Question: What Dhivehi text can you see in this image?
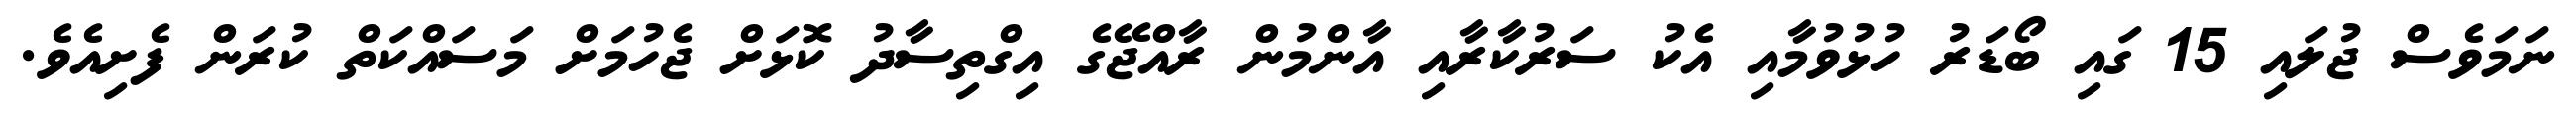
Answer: ނަމަވެސް ޖުލައި 15 ގައި ބޯޑަރު ހުޅުވުމާއި އެކު ސަރުކާރާއި އާންމުން ރާއްޖޭގެ އިގްތިސާދު ކޮޅަށް ޖެހުމަށް މަސައްކަތް ކުރަން ފެށިއެވެ.